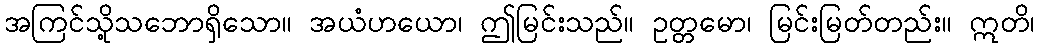
အကြင်သို့သဘောရှိသော။ အယံဟယော၊ ဤမြင်းသည်။ ဥတ္တမော၊ မြင်းမြတ်တည်း။ ဣတိ၊